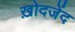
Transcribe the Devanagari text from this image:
ख़ोदजेंद